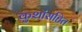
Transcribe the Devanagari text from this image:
कुशांसहित